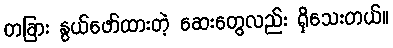
တခြား နွယ်ဖော်ထားတဲ့ ဆေးတွေလည်း ရှိသေးတယ်။